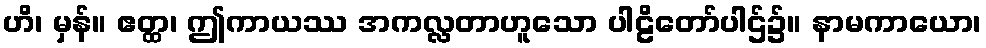
ဟိ၊ မှန်။ ဧတ္ထ၊ ဤကာယဿ အကလ္လတာဟူသော ပါဠိတော်ပါဌ်၌။ နာမကာယော၊